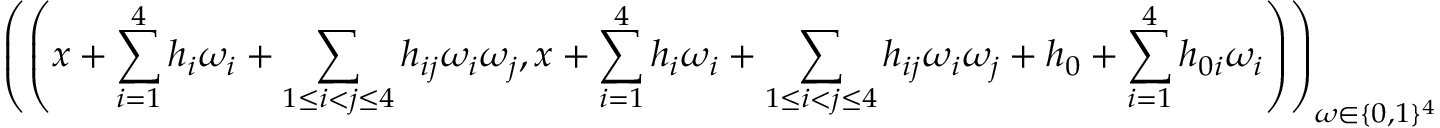
\left( \left( x + \sum _ { i = 1 } ^ { 4 } h _ { i } \omega _ { i } + \sum _ { 1 \leq i < j \leq 4 } h _ { i j } \omega _ { i } \omega _ { j } , x + \sum _ { i = 1 } ^ { 4 } h _ { i } \omega _ { i } + \sum _ { 1 \leq i < j \leq 4 } h _ { i j } \omega _ { i } \omega _ { j } + h _ { 0 } + \sum _ { i = 1 } ^ { 4 } h _ { 0 i } \omega _ { i } \right) \right) _ { \omega \in \{ 0 , 1 \} ^ { 4 } }